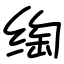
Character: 绹